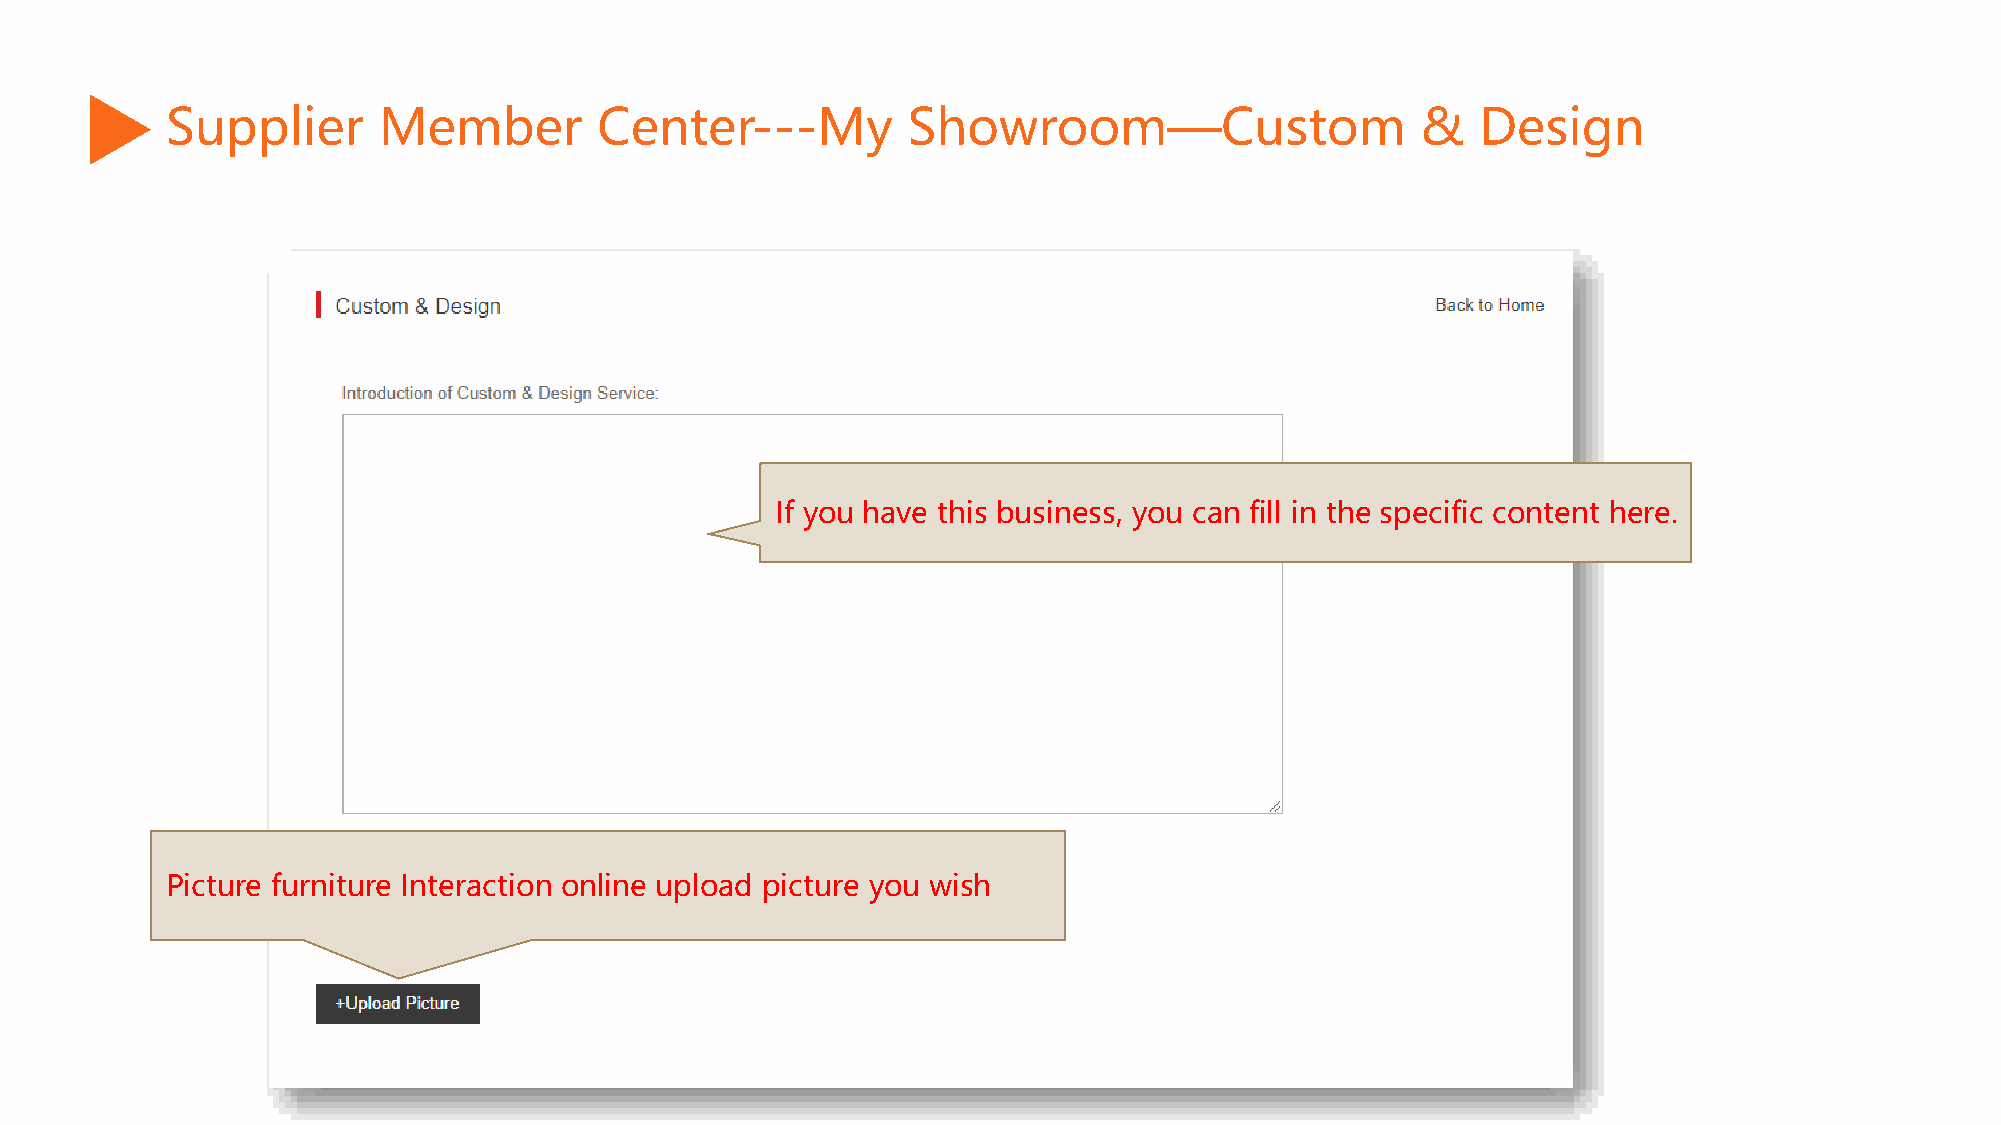
Supplier      Member         Center---My         Showroom—Custom                   &   Design
 If you have this business, you can fill in the specific content here.
 Picture furniture Interaction online upload picture you wish